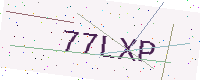
Text: 77LXP